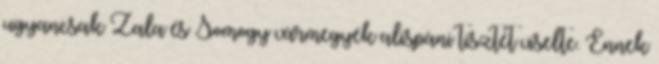
ugyancsak Zala és Somogy vármegyék alispáni tisztét viselte. Ennek